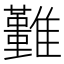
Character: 𩁚